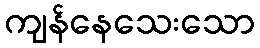
ကျန်နေသေးသော